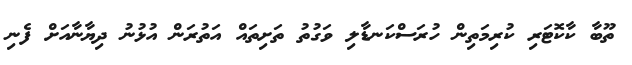
ތޫބާ ކާކޮޓަރި ކުރިމަތިން ހުރަސްކަނޑާލި ވަގުތު ތަށިތައް އަތުރަން އުޅުނު ދިޔާނާއަށް ފެނި